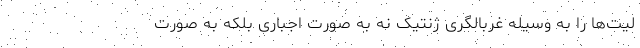
لیت‌ها را به وسیله غربالگری ژنتیک نه به صورت اجباری بلکه به صورت